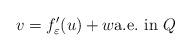
LaTeX: \begin{align*}v=f_{\varepsilon}^{\prime}(u)+w\hbox{a.e.~in }Q \end{align*}